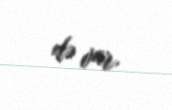
də var.